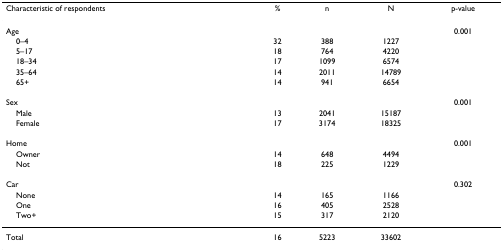
| Characteristic of respondents | % | n | N | p-value |
 | --- | --- | --- | --- | --- |
 | Age |  |  |  | 0.001 |
 | 0–4 | 32 | 388 | 1227 |  |
 | 5–17 | 18 | 764 | 4220 |  |
 | 18–34 | 17 | 1099 | 6574 |  |
 | 35–64 | 14 | 2011 | 14789 |  |
 | 65+ | 14 | 941 | 6654 |  |
 | Sex |  |  |  | 0.001 |
 | Male | 13 | 2041 | 15187 |  |
 | Female | 17 | 3174 | 18325 |  |
 | Home |  |  |  | 0.001 |
 | Owner | 14 | 648 | 4494 |  |
 | Not | 18 | 225 | 1229 |  |
 | Car |  |  |  | 0.302 |
 | None | 14 | 165 | 1166 |  |
 | One | 16 | 405 | 2528 |  |
 | Two+ | 15 | 317 | 2120 |  |
 | Total | 16 | 5223 | 33602 |  |